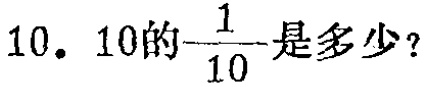
10. \(10\)的\(\dfrac{1}{10}\)是多少？